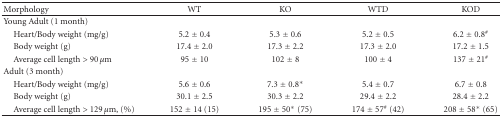
<table><thead><tr><td><b>Morphology</b></td><td><b>WT</b></td><td><b>KO</b></td><td><b>WTD</b></td><td><b>KOD</b></td></tr></thead><tbody><tr><td>Young Adult (1 month)</td><td> </td><td> </td><td> </td><td> </td></tr><tr><td> Heart/Body weight (mg/g)</td><td> 5.2 ± 0.4</td><td> 5.3 ± 0.6</td><td>5.2 ± 0.5 </td><td>6.2 ± 0.8<sup>#</sup></td></tr><tr><td> Body weight (g)</td><td>17.4 ± 2.0</td><td>17.3 ± 2.2</td><td>17.3 ± 2.0</td><td>17.2 ± 1.5</td></tr><tr><td> Average cell length &gt; 90 <i>μ</i>m </td><td>95 ± 10</td><td>102 ± 8</td><td>100 ± 4</td><td>137 ± 21<sup>#</sup></td></tr><tr><td>Adult (3 month)</td><td> </td><td> </td><td> </td><td> </td></tr><tr><td> Heart/Body weight (mg/g)</td><td> 5.6 ± 0.6</td><td> 7.3 ± 0.8*</td><td> 5.4 ± 0.7</td><td> 6.7 ± 0.8</td></tr><tr><td> Body weight (g)</td><td>30.1 ± 2.5</td><td>30.3 ± 2.2</td><td>29.4 ± 2.2</td><td>28.4 ± 2.2</td></tr><tr><td> Average cell length &gt; 129 <i>μ</i>m, (%)</td><td>152 ± 14 (15)</td><td>195 ± 50* (75)</td><td>174 ± 57<sup>#</sup> (42)</td><td>208 ± 58* (65)</td></tr></tbody></table>